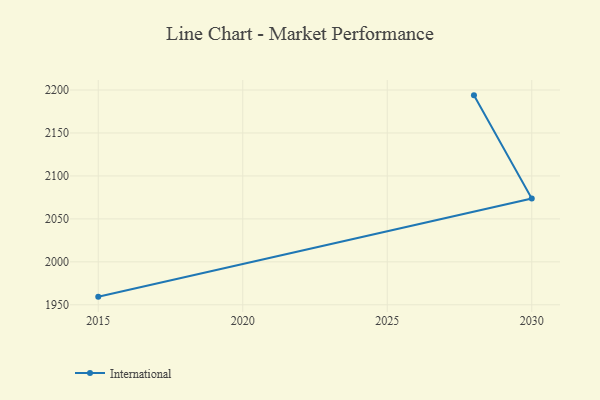
{"axis": {"x": "Year", "y": "Backlog"}, "legend": ["International"], "data": [{"x": "2015", "y": 1959.5, "type": "International"}, {"x": "2030", "y": 2073.7, "type": "International"}, {"x": "2028", "y": 2193.8, "type": "International"}]}